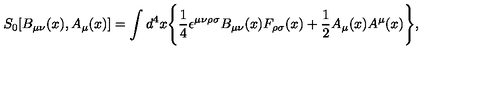
S _ { 0 } [ B _ { \mu \nu } ( x ) , A _ { \mu } ( x ) ] = \int d ^ { 4 } x \Bigg \{ \frac { 1 } { 4 } \epsilon ^ { \mu \nu \rho \sigma } B _ { \mu \nu } ( x ) F _ { \rho \sigma } ( x ) + \frac { 1 } { 2 } A _ { \mu } ( x ) A ^ { \mu } ( x ) \Bigg \} ,